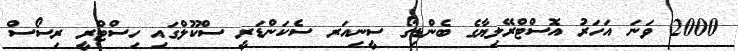
2000 ވަނަ އަހަރު އޮސްޓްރޭލިޔާގެ ބެންޑިގޯ ސީނިއަރ ސެކަންޑަރީ ސްކޫލްގައި ހިސްޓްރީ ރިސޯސް